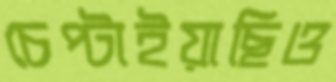
চেপ্‌টাইয়াছিও